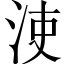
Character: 𣳪